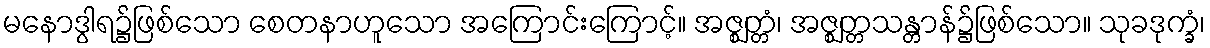
မနောဒွါရ၌ဖြစ်သော စေတနာဟူသော အကြောင်းကြောင့်။ အဇ္ဈတ္တံ၊ အဇ္ဈတ္တသန္တာန်၌ဖြစ်သော။ သုခဒုက္ခံ၊